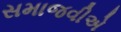
સમાજવીએ